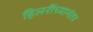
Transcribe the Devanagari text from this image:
हिलरींच्यानंतर